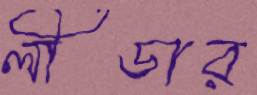
লীডার